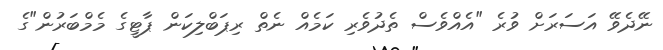
ނޭދެވޭ އަސަރަށް ވުރެ "އެއްވެސް ތެދުވެރި ކަމެއް ނެތް ރިޕަބްލިކަން ޕާޓީގެ މެމްބަރުން"ގެ